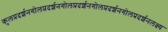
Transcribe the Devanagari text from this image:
कुलप्रदर्शनगोलप्रदर्शनगोलप्रदर्शनगोलप्रदर्शनगोलप्रदर्शनलक्ष्य